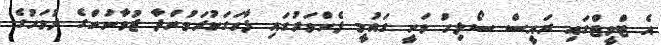
އެ ޓްވީޓްގައި ރައީސް ސޯލިހު ވަނީ ގައުމީ ފެންވަރުގައި ފާހަގަކުރަމުންދާ ޒުވާނުންގެ ދުވަހުގެ